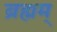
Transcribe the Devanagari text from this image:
ब्रह्मम्